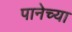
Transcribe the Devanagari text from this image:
पानेच्या